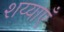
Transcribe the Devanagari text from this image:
शय्याएँ